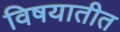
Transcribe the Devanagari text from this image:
विषयातीत